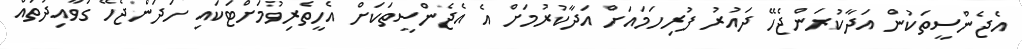
އެޖެންސީތަކުން އަދާކުރަންޖެހޭ ދައުރު ފުރިހަމައަށް އަދާކުރުމަށް އެ އެޖެންސީތަކަށް އެހީތެރިވުމަށްޓަކައި ހަދަންޖެހޭ ގަވާއިދުތައް